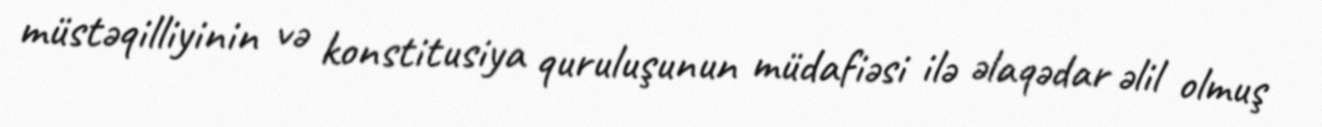
müstəqilliyinin və konstitusiya quruluşunun müdafiəsi ilə əlaqədar əlil olmuş